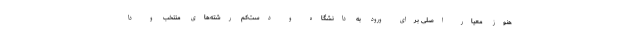
هنوز معیار اصلی برای ورود به دانشگاه و دست‌کم رشته‌های منتخب و دا